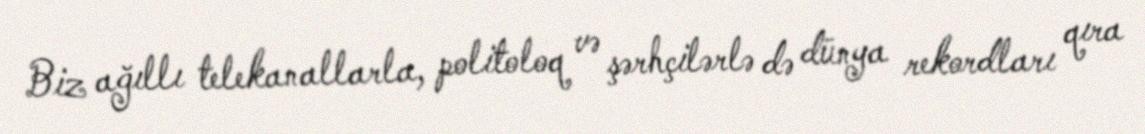
Biz ağıllı telekanallarla, politoloq və şərhçilərlə də dünya rekordları qıra